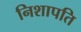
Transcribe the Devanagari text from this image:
निशापति